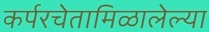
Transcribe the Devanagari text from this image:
कर्परचेतामिळालेल्या